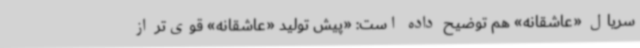
سریال «عاشقانه» هم توضیح داده است: «پیش تولید «عاشقانه» قوی‌تر از